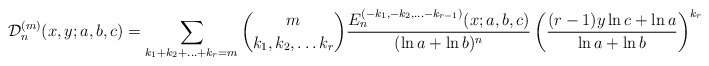
\begin{align*}\mathcal{D}^{(m)}_n(x,y;a,b,c)=\sum_{k_1+k_2+\ldots +k_r=m}\binom{m}{k_1,k_2,\ldots k_r}\frac{{E}^{(-k_1,-k_2,\ldots -k_{r-1})}_n(x;a,b,c)}{(\ln a+\ln b)^n}\left(\frac{(r-1)y\ln c+\ln a}{\ln a +\ln b}\right)^{k_r}.\end{align*}